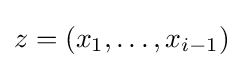
z=(x_{1},\dots ,x_{i-1})